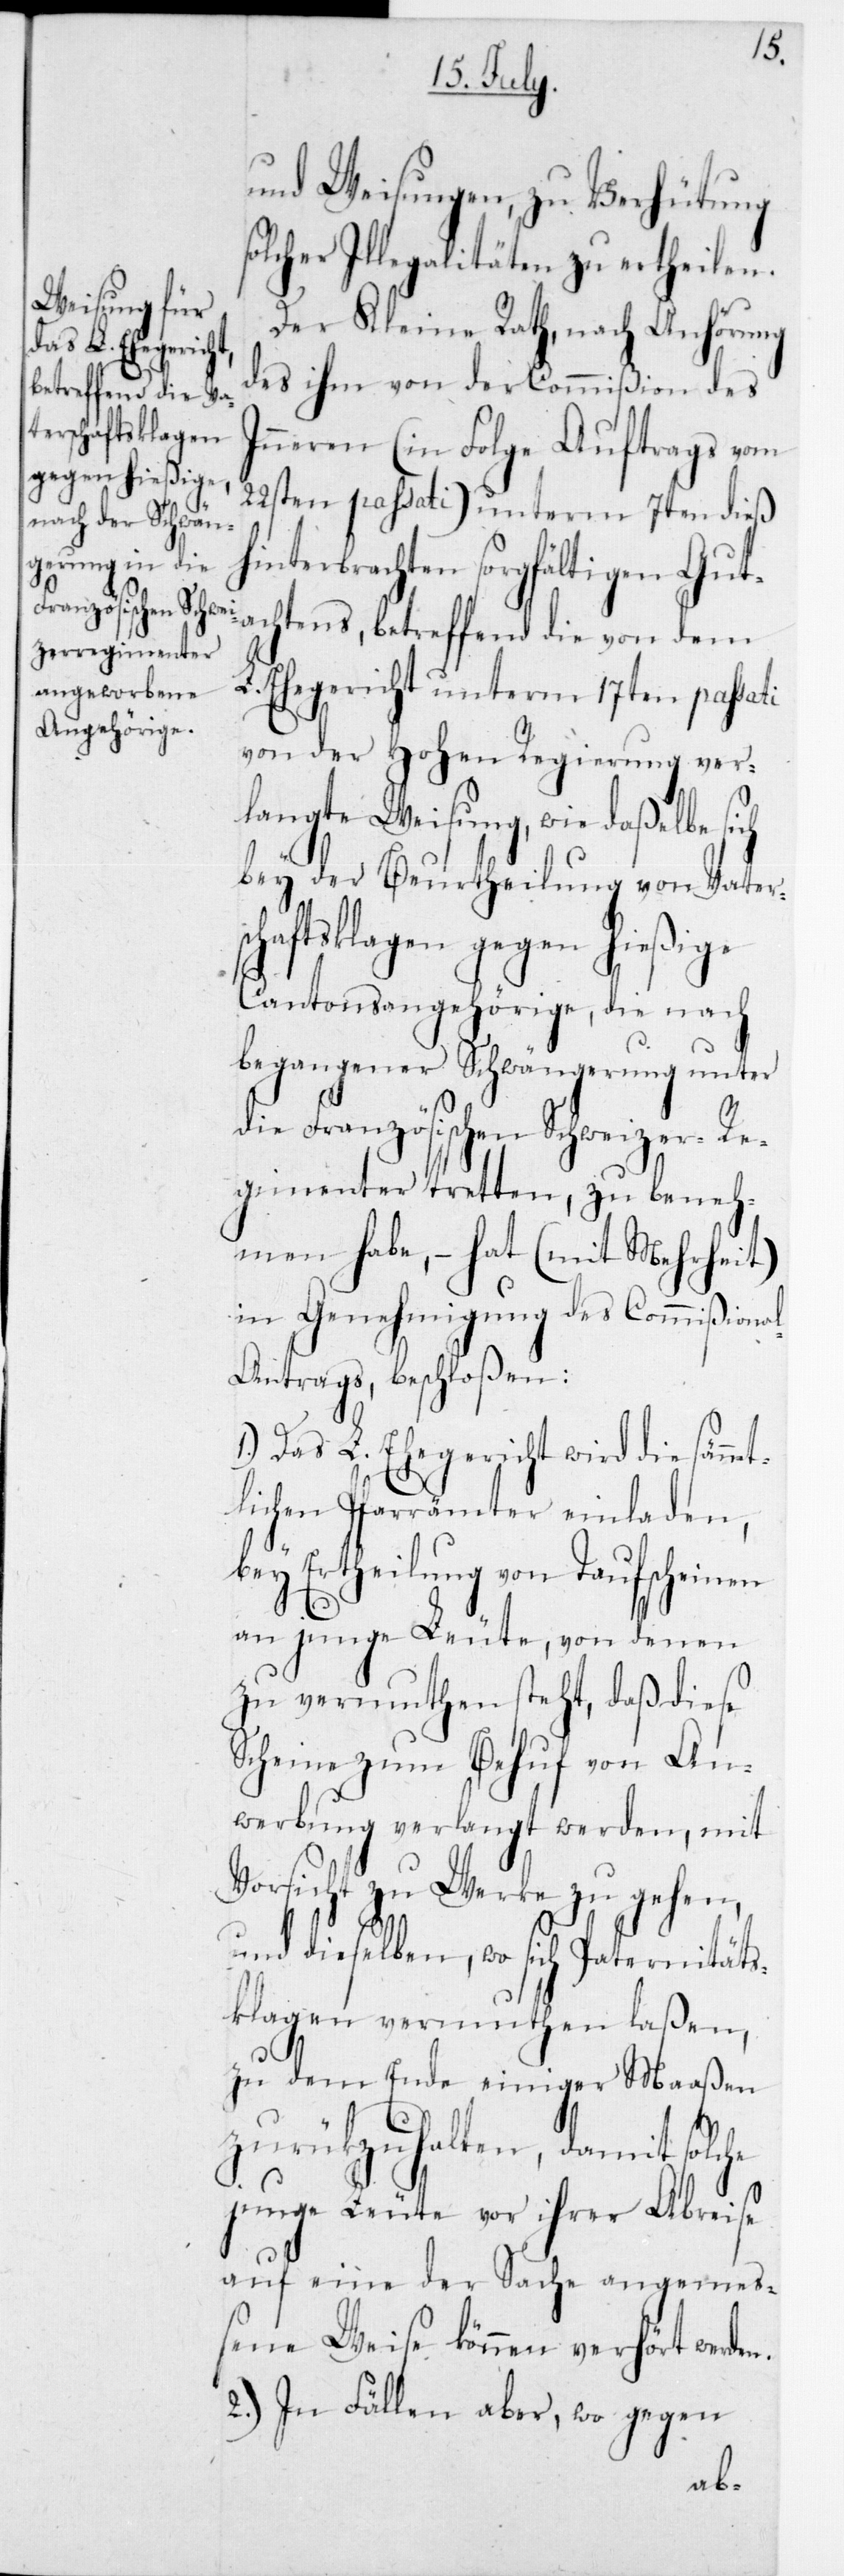
und Weisungen, zu Verhütung
solcher Illegalitäten zu ertheilen.
Der Kleine Rath, nach Anhörung
des ihm von der Commißion des
Inneren (in Folge Auftrags vom
22sten passati) unterm 7ten dieß
hinterbrachten sorgfältigen Gut¬
achtens, betreffend die von dem
L. Ehegericht unterm 17ten passati
von der Hohen Regierung ver¬
langte Weisung, wie daßelbe sich
bey der Beurtheilung von Vater¬
schaftsklagen gegen hießige
Cantonsangehörige, die nach
begangener Schwängerung unter
ie Französischen Schweizer Re¬
gimenter tretten, zu beneh¬
men habe, – hat (mit Mehrheit)
in Genehmigung des Commißiona¬
l-Antrags, beschloßen:
1.) Das L. Ehegericht wird die sämm¬
lichen Pfarrämter einladen,
bey Ertheilung von Taufscheinen
an
junge Leute, von denen
zu vermuthen steht, daß diese
Scheine zum Behuf von An¬
werbung verlangt werden, mit
Vorsicht zu Werke zu gehen,
und dieselben, wo sich Paternitäts¬
klagen vermuthen laßen,
zu dem Ende einiger Maaßen
zurückzuhalten, damit solche
junge Leute vor ihrer Abreise
auf eine der Sache angemeß¬
ene Weise können verhört werden.
2.) In Fällen aber, wo gegen